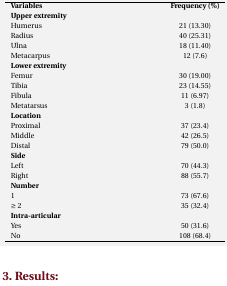
| Variables | Frequency (%) |
 | Upper extremity |  |
 | --- | --- |
 | Humerus | 21 (13.30) |
 | Radius | 40 (25.31) |
 | Ulna | 18 (11.40) |
 | Metacarpus | 12 (7.6) |
 | Lower extremity |  |
 | Femur | 30 (19.00) |
 | Tibia | 23 (14.55) |
 | Fibula | 11 (6.97) |
 | Metatarsus | 3 (1.8) |
 | Location |  |
 | Proximal | 37 (23.4) |
 | Middle | 42 (26.5) |
 | Distal | 79 (50.0) |
 | Side |  |
 | Left | 70 (44.3) |
 | Right | 88 (55.7) |
 | Number |  |
 | 1 | 73 (67.6) |
 | ≥ 2 | 35 (32.4) |
 | Intra-articular |  |
 | Yes | 50 (31.6) |
 | No | 108 (68.4) |